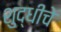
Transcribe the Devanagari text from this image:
शुद्धीचे